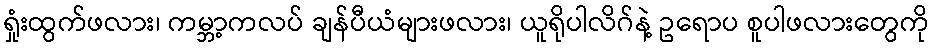
ရှုံးထွက်ဖလား၊ ကမ္ဘာ့ကလပ် ချန်ပီယံများဖလား၊ ယူရိုပါလိဂ်နဲ့ ဥရောပ စူပါဖလားတွေကို